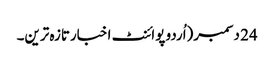
24 دسمبر(اُردو پوائنٹ اخبارتازہ ترین۔